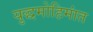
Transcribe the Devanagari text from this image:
युद्धमोहिमांत